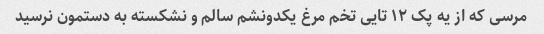
مرسی که از یه پک ۱۲ تایی تخم مرغ یکدونشم سالم و نشکسته به دستمون نرسید